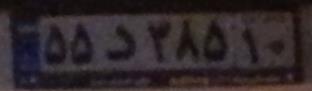
۵۵د۳۸۵۱۰